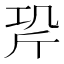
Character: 𭤡